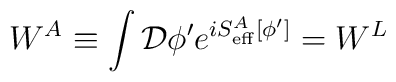
W^A\equiv\int {\cal D}\phi^\prime e^{iS^A_{\rm eff}[\phi^\prime]}=W^L